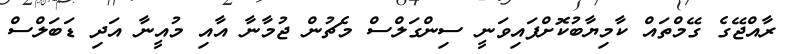
ރާއްޖޭގެ ގޭމްތައް ކާމިޔާބުކޮށްފައިވަނީ ސިންގަލްސް މެޗުން ޖުމާނާ އާއި މުއީނާ އަދި ޑަބަލްސް